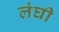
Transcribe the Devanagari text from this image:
लंघी